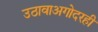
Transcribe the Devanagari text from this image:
उठावाअगोदरही